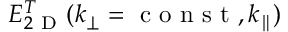
E _ { 2 \mathrm { ~ D ~ } } ^ { T } ( k _ { \perp } = \mathrm { ~ c ~ o ~ n ~ s ~ t ~ } , k _ { \parallel } )